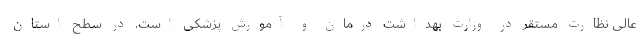
عالی نظارت مستقر در وزارت بهداشت درمان و آموزش پزشکی است. در سطح استان